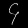
Digit: ၄